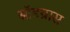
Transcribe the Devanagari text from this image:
स्नॉडग्रास